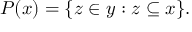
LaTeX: P ( x ) = \{ z \in y : z \subseteq x \} .